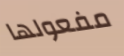
مفعولها